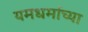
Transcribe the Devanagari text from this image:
यमधर्माच्या